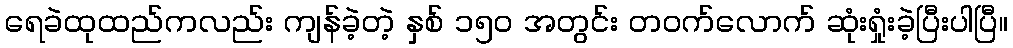
ရေခဲထုထည်ကလည်း ကျန်ခဲ့တဲ့ နှစ် ၁၅၀ အတွင်း တဝက်လောက် ဆုံးရှုံးခဲ့ပြီးပါပြီ။